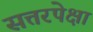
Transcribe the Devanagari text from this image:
सत्तरपेक्षा